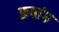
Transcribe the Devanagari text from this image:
रूपांग